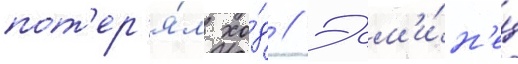
пот'ер'я́л хо́д // Эсм'и́н'ец